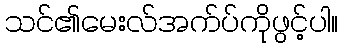
သင်၏မေးလ်အက်ပ်ကိုဖွင့်ပါ။